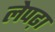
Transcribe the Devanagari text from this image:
लेपढ़ा